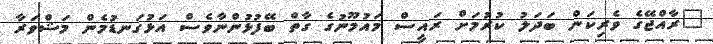
"ރާއްޖޭގެ ވެރިކަން ބަދަލު ކުރުމަށް ރައީސް މައުމޫނުގެ ގާތް ބޭފުޅުންނާވެސް އަޅުގަނޑުމެން މަޝްވަރާ